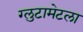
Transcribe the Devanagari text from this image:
ग्लुटामेटला